Insane asylums in Bengal annual reports 1876-1887 - 1876-1887
Year: 1876
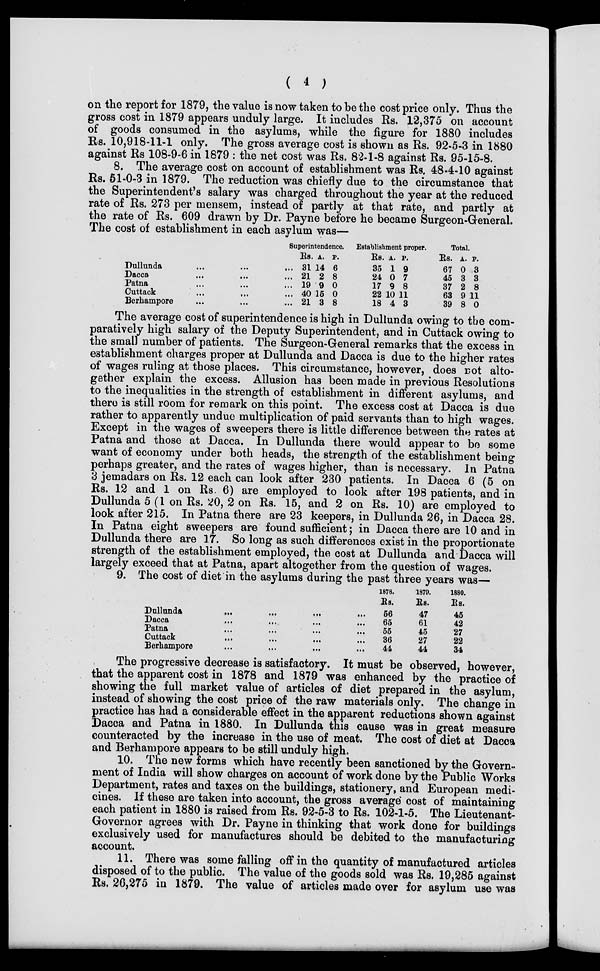
( 4 )
on the report for 1879, the value is now taken to be the cost price only. Thus the
gross cost in 1879 appears unduly large. It includes Rs. 12,375 on account
of goods consumed in the asylums, while the figure for 1880 includes
Rs. 10,918-11-1 only. The gross average cost is shown as Rs. 92-5-3 in 1880
against Rs. 108-9-6 in 1879 : the net cost was Rs. 82-1-8 against Rs. 95-15-8.
8. The average cost on account of establishment was Rs. 48-4-10 against
Rs. 51-0-3 in 1879. The reduction was chiefly due to the circumstance that
the Superintendent's salary was charged throughout the year at the reduced
rate of Rs. 273 per mensem, instead of partly at that rate, and partly at
the rate of Rs. 609 drawn by Dr. Payne before he became Surgeon-General.
The cost of establishment in each asylum was—
Dullunda ... ... ...
Dacca ... ... ...
Patna ... ... ...
Cuttack ... ... ...
Berhampore ... ... ...
Superintendence.
Rs.
31
21
19
40
21
A.
14
2
9
15
3
P.
6
8
0
0
8
Establishment proper.
Rs.
35
24
17
22
18
A.
1
0
9
10
4
P.
9
7
8
11
3
Total.
Rs.
67
45
37
63
39
A.
0
3
2
9
8
P.
3
3
8
11
0
The average cost of superintendence is high in Dullunda owing to the com-
paratively high salary of the Deputy Superintendent, and in Cuttack owing to
the small number of patients. The Surgeon-General remarks that the excess in
establishment charges proper at Dullunda and Dacca is due to the higher rates
of wages ruling at those places. This circumstance, however, does not alto-
gether explain the excess. Allusion has been made in previous Resolutions
to the inequalities in the strength of establishment in different asylums, and
there is still room for remark on this point. The excess cost at Dacca is due
rather to apparently undue multiplication of paid servants than to high wages.
Except in the wages of sweepers there is little difference between the rates at
Patna and those at Dacca. In Dullunda there would appear to be some
want of economy under both heads, the strength of the establishment being
perhaps greater, and the rates of wages higher, than is necessary. In Patna
3 jemadars on Rs. 12 each can look after 230 patients. In Dacca 6 (5 on
Rs. 12 and 1 on Rs. 6) are employed to look after 198 patients, and in
Dullunda 5 (1 on Rs. 20, 2 on Rs. 15, and 2 on Rs. 10) are employed to
look after 215. In Patna there are 23 keepers, in Dullunda 26, in Dacca 28.
In Patna eight sweepers are found sufficient ; in Dacca there are 10 and in
Dullunda there are 17. So long as such differences exist in the proportionate
strength of the establishment employed, the cost at Dullunda and Dacca will
largely exceed that at Patna, apart altogether from the question of wages.
9. The cost of diet in the asylums during the past three years was—
Dullunda
...
...
...
...
Dacca
...
...
...
...
Patna ... ... ... ...
Cuttack ... ... ... ...
Berhampore ... ... ... ...
1878.
Rs.
56
65
55
36
44
1879.
Rs.
47
61
45
27
44
1880.
Rs.
45
42
27
22
34
The progressive decrease is satisfactory. It must be observed, however,
that the apparent cost in 1878 and 1879 was enhanced by the practice of
showing the full market value of articles of diet prepared in the asylum,
instead of showing the cost price of the raw materials only. The change in
practice has had a considerable effect in the apparent reductions shown against
Dacca and Patna in 1880. In Dullunda this cause was in great measure
counteracted by the increase in the use of meat. The cost of diet at Dacca
and Berhampore appears to be still unduly high.
10. The new forms which have recently been sanctioned by the Govern-
ment of India will show charges on account of work done by the Public Works
Department, rates and taxes on the buildings, stationery, and European medi-
cines. If these are taken into account, the gross average cost of maintaining
each patient in 1880 is raised from Rs. 92-5-3 to Rs. 102-1-5. The Lieutenant-
Governor agrees with Dr. Payne in thinking that work done for buildings
exclusively used for manufactures should be debited to the manufacturing
account.
11. There was some falling off in the quantity of manufactured articles
disposed of to the public. The value of the goods sold was Rs. 19,285 against
Rs. 26,275 in 1879. The value of articles made over for asylum use was